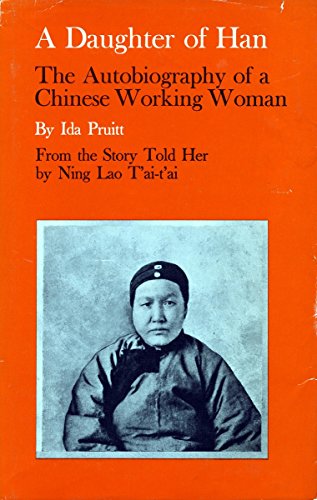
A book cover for A Daughter of Han: The Autobiography of a Chinese Working Woman; Ida Pruitt; Travel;